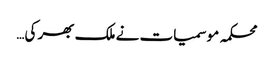
محکمہ موسمیات نے ملک بھر کی…